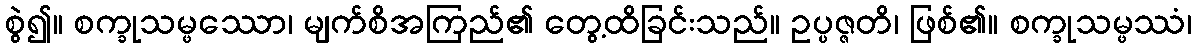
စွဲ၍။ စက္ခုသမ္ဖဿော၊ မျက်စိအကြည်၏ တွေ့ထိခြင်းသည်။ ဥပ္ပဇ္ဇတိ၊ ဖြစ်၏။ စက္ခုသမ္ဖဿံ၊